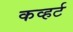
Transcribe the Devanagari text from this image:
कव्हर्ट